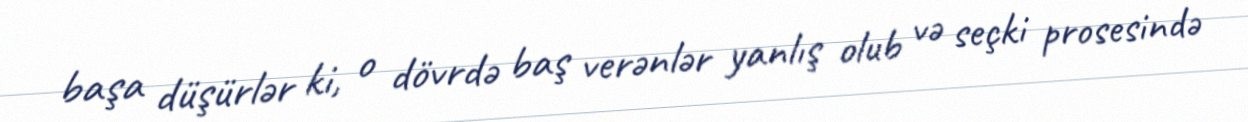
başa düşürlər ki, o dövrdə baş verənlər yanlış olub və seçki prosesində